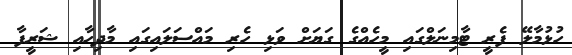
ހުޅުމާލޭ ފެރީ ޓާމިނަލްގައި މީހެއްގެ ގަޔަށް ވަޅި ހެރި މައްސަލައިގައި މާދިހާއި ޝަރީފާ